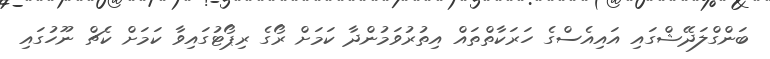
ބަންގްލަދޭޝްގައި އައިއެސްގެ ހަރަކާތްތައް އިތުރުވަމުންދާ ކަމަށް ރޯގެ ރިޕޯޓުގައިވާ ކަމަށް ކެޗް ނޫހުގައި